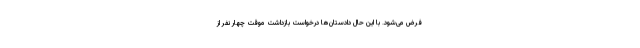
فرض می‌شود. با این حال دادستان‌ها درخواست بازداشت موقت چهار نفر از